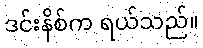
ဒင်းနိစ်က ရယ်သည်။